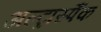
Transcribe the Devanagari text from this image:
अल्ट्रास्पैंक